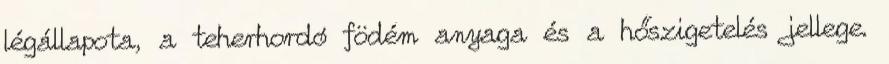
légállapota, a teherhordó födém anyaga és a hőszigetelés jellege.